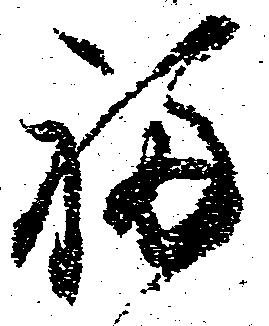
福